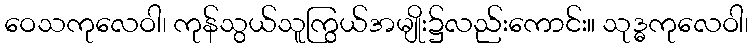
ဝေသကုလေဝါ၊ ကုန်သွယ်သူကြွယ်အမျိုး၌လည်းကောင်း။ သုဒ္ဓကုလေဝါ၊